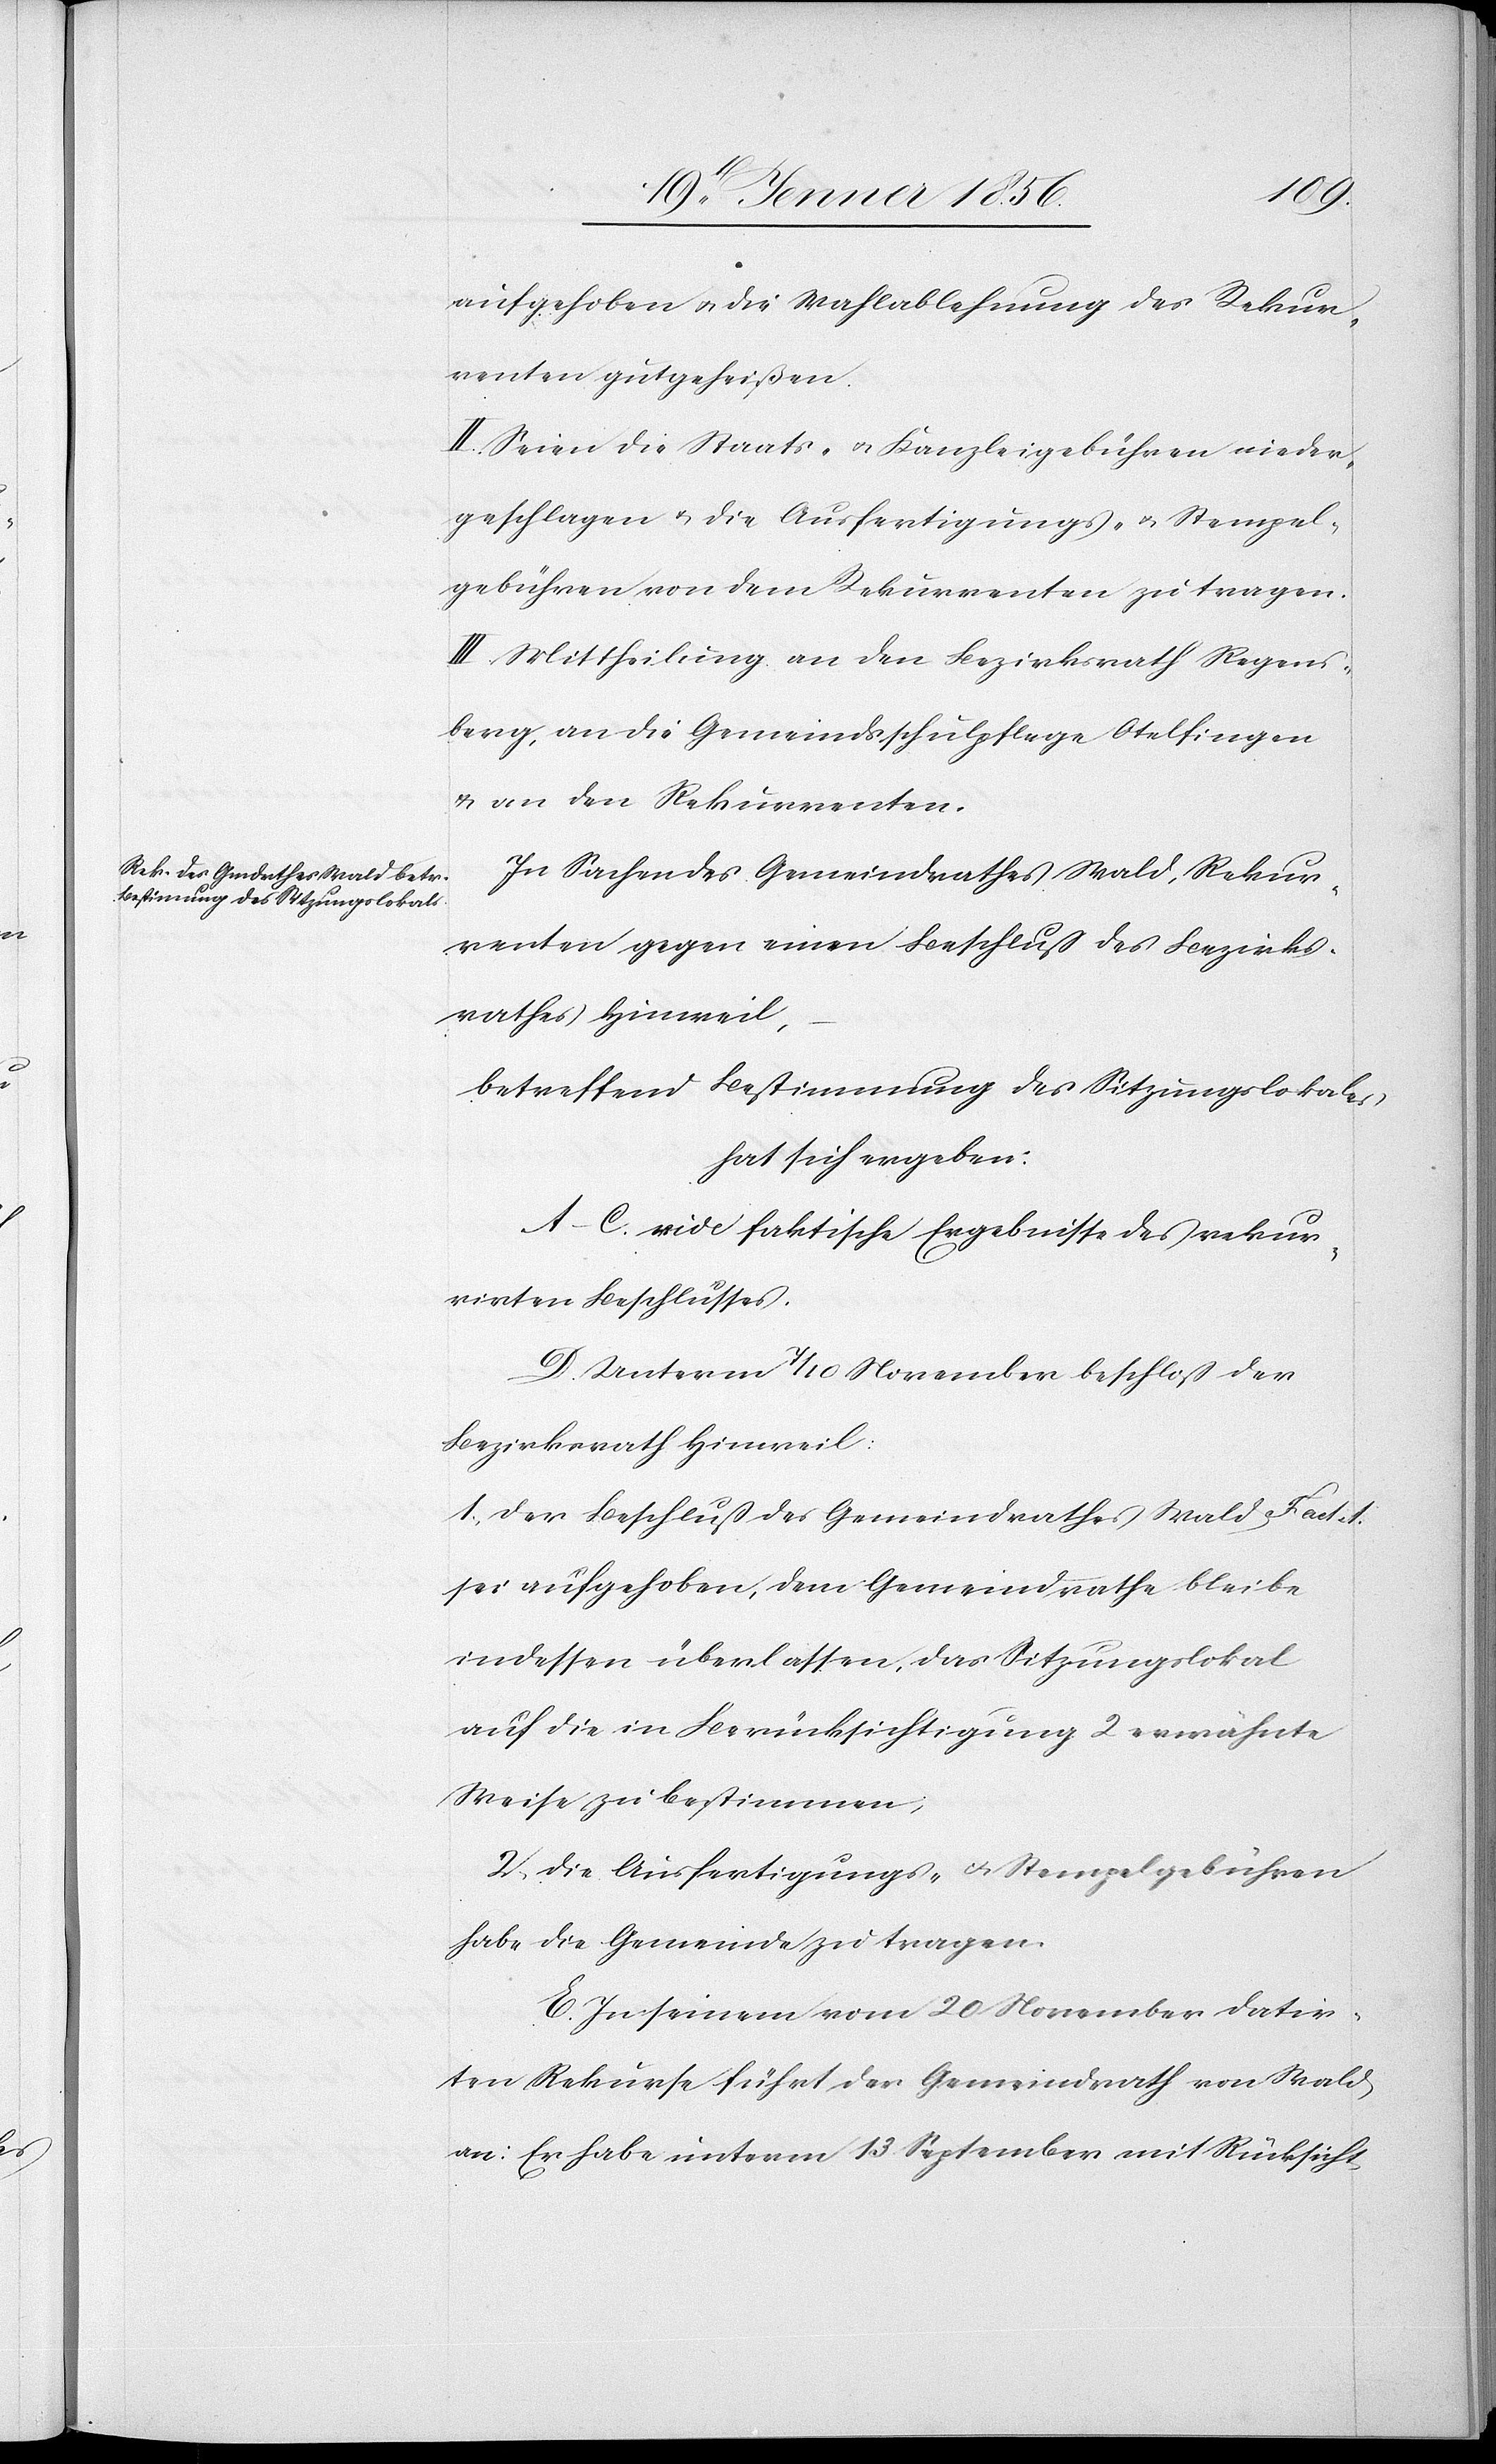
aufgehoben u. die Wahlablehnung des Rekur¬
renten gutgeheißen.
II. Seien die Staats- u. Kanzleigebühren nieder¬
geschlagen u. die Ausfertigungs- u. Stempel¬
gebühren von dem Rekurrenten zu tragen.
III. MIttheilung an den Bezirksrath Regens¬
berg, an die Gemeindsschlupflege Otelfingen
u. an den Rekurrenten.
In Sachen des Gemeindrathes Wald, Rekur¬
renten gegen einen Beschluß des Bezirks¬
rathes Hinweil,
betreffend Bestimmung des Sitzungslokales,
hat sich ergeben:
A–C. vide faktische Ergebnisse des rekur¬
rirten Beschlusses.
D. Unterm 7/10 November beschloß der
Bezirksrath Hinweil:
1. Der Beschluß des Gemeindrathes Wald Fact 1.
sei aufgehoben, dem Gemeindrathe bleibe
indessen überlassen, das Sitzungslokal
auf die in Berücksichtigung 2 erwähnte
Weise zu bestimmen;
2, Die Ausfertigungs- u. Stempelgebühren
habe die Gemeinde zu tragen.
E. In seinem vom 20 November datir¬
ten Rekurse führt der Gemeindrath von Wald
an: Er habe unterm 13 September mit Rücksicht